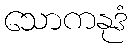
သောကနုဒံ